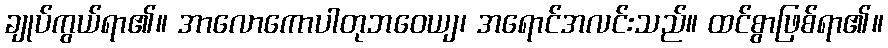
ချုပ်ကွယ်ရာ၏။ အာလောကောပါတုဘဝေယျ၊ အရောင်အလင်းသည်။ ထင်စွာဖြစ်ရာ၏။